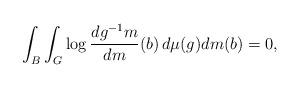
LaTeX: \begin{align*}\int_B \int_G \log \frac{dg^{-1}m}{dm}(b) \, d\mu(g) dm(b) = 0,\end{align*}